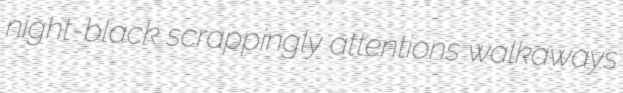
night-black scrappingly attentions walkaways